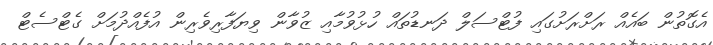
އެގޮތުން ބައެއް ރަށްރަށުގައި ފުޓްސަލް ދަނޑުތައް ހުޅުވުމާއި ޒުވާން ވިޔަފާރިވެރިން އުފެއްދުމަށް ގެޓްސެޓް